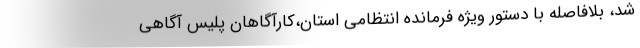
شد، بلافاصله با دستور ویژه فرمانده انتظامی استان،کارآگاهان پلیس آگاهی